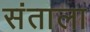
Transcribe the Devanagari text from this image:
संताला